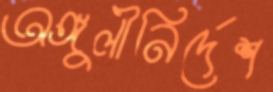
অঙ্গুলীনির্দেশ